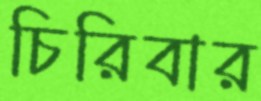
চিরিবার